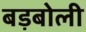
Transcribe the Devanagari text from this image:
बड़बोली